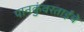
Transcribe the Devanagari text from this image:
पानकुंवरताईंचे